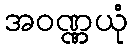
အဝဏ္ဏယုံ